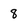
Character: 8